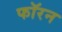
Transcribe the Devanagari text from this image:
फॉरन